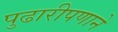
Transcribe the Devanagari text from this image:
पुढारीपणाने